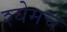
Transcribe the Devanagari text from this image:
श्येमच